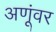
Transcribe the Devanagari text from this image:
अणूंवर